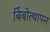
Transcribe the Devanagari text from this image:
बिंबोत्थापन